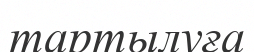
тартылуға